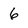
Character: 6